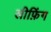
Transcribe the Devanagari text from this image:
लीफ़िंग